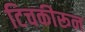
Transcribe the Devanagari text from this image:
टिचकीरून